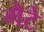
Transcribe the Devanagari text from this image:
मैटे